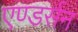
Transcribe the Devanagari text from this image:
एण्डर्सन